Civil Veterinary Dept. North-West Frontier Province 1901-22 - 1901-1922
Year: 1901
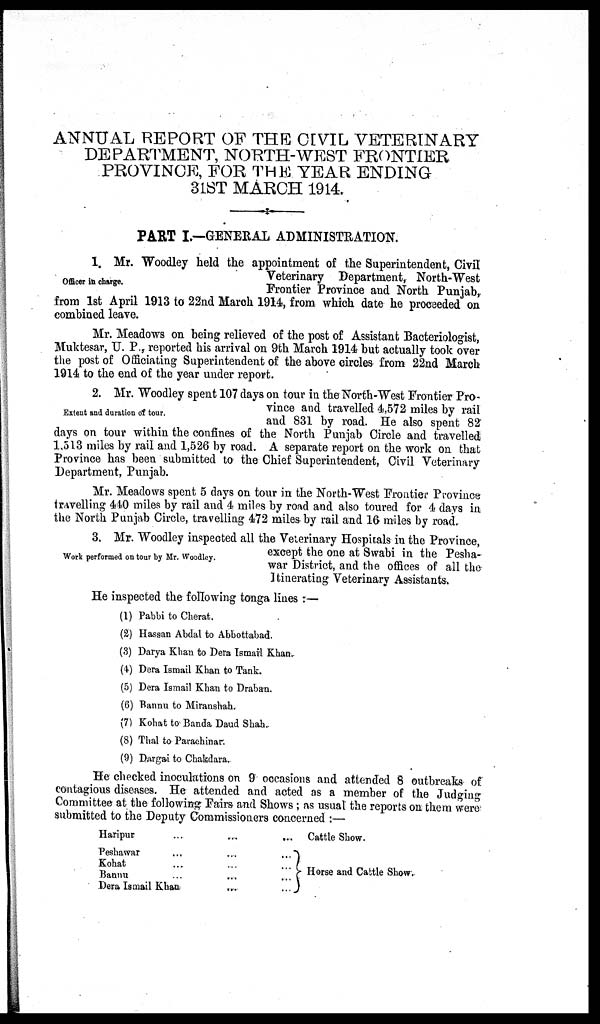
ANNUAL REPORT OF THE CIVIL VETERINARY
DEPARTMENT, NORTH-WEST FRONTIER
PROVINCE, FOR THE YEAR ENDING
31ST MARCH 1914
PART I.—GENERAL ADMINISTRATION.
Officer in charge.
1, Mr. Woodley held the appointment of the Superintendent, Civil
Veterinary Department, North-West
Frontier Province and North Punjab,
from 1st April 1913 to 22nd March 1914, from which date he proceeded on
combined leave.
Mr. Meadows on being relieved of the post of Assistant Bacteriologist,
Muktesar, U. P., reported his arrival on 9th March 1914 but actually took over
the post of Officiating Superintendent of the above circles from 22nd March
1914 to the end of the year under report.
Extent and duration of tour.
2. Mr. Woodley spent 107 days on tour in the North-West Frontier Pro-
vince and travelled 4,572 miles by rail
and 831 by road. He also spent 82
days on tour within the confines of the North Punjab Circle and travelled
1,513 miles by rail and 1,526 by road. A separate report on the work on that
Province has been submitted to the Chief Superintendent, Civil Veterinary
Department, Punjab.
Mr. Meadows spent 5 days on tour in the North-West Frontier Province
travelling 440 miles by rail and 4 miles by road and also toured for 4 days in
the North Punjab Circle, travelling 472 miles by rail and 16 miles by road.
Work performed on tour by Mr. Woodley.
3. Mr. Woodley inspected all the Veterinary Hospitals in the Province,
except the one at Swabi in the Pesha-
war District, and the offices of all the
Itinerating Veterinary Assistants.
He inspected the following tonga lines:—
(1) Pabbi to Cherat.
(2) Hassan Abdal to Abbottabad.
(3) Darya Khan to Dera Ismail Khan.
(4) Dera Ismail Khan to Tank.
(5) Dera Ismail Khan to Draban.
(6) Bannu to Miranshah.
(7) Kohat to Banda Daud Shah.
(8) Thal to Parachinar.
(9) Dargai to Chakdara.
He checked inoculations on 9 occasions and attended 8 outbreaks of
contagious diseases. He attended and acted as a member of the Judging
Committee at the following Fairs and Shows; as usual the reports on them were
submitted to the Deputy Commissioners concerned:—
Haripur
Peshawar
Kohat
Bannu
...
...
...
Dera Ismail Khan
...
...
...
...
... ...
...
...
Cattle Show.
}Horse and Cattle Show.